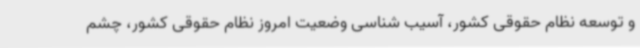
و توسعه نظام حقوقی کشور، آسیب شناسی وضعیت امروز نظام حقوقی کشور، چشم